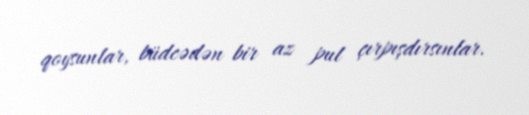
qoysunlar, büdcədən bir az pul çırpışdırsınlar.